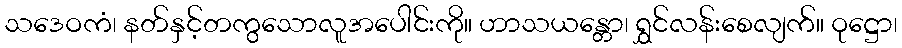
သဒေဝကံ၊ နတ်နှင့်တကွသောလူအပေါင်းကို။ ဟာသယန္တော၊ ရွှင်လန်းစေလျက်။ ဝုဋ္ဌော၊